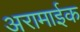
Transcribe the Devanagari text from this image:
अरामाईक